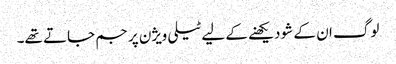
لوگ ان کے شو دیکھنے کے لیے ٹیلی ویژن پر جم جاتے تھے۔